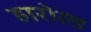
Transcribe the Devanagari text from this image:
हारोल्ड